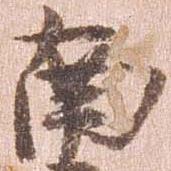
南